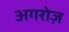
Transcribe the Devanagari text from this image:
अगरोज़